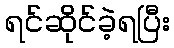
ရင်ဆိုင်ခဲ့ရပြီး